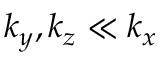
k _ { y } , k _ { z } \ll k _ { x }